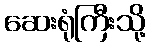
ဆေးရုံကြီးသို့